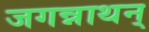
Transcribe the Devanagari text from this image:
जगन्नाथन्